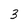
Character: 3